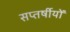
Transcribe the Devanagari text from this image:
सप्तर्षीयों